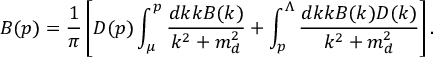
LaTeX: B ( p ) = \frac { 1 } { \pi } \left[ D ( p ) \int _ { \mu } ^ { p } \frac { d k k B ( k ) } { k ^ { 2 } + m _ { d } ^ { 2 } } + \int _ { p } ^ { \Lambda } \frac { d k k B ( k ) D ( k ) } { k ^ { 2 } + m _ { d } ^ { 2 } } \right] .